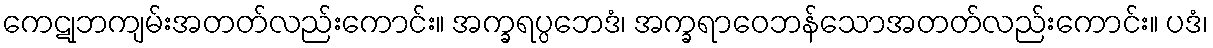
ကေဋုဘကျမ်းအတတ်လည်းကောင်း။ အက္ခရပ္ပဘေဒံ၊ အက္ခရာဝေဘန်သောအတတ်လည်းကောင်း။ ပဒံ၊